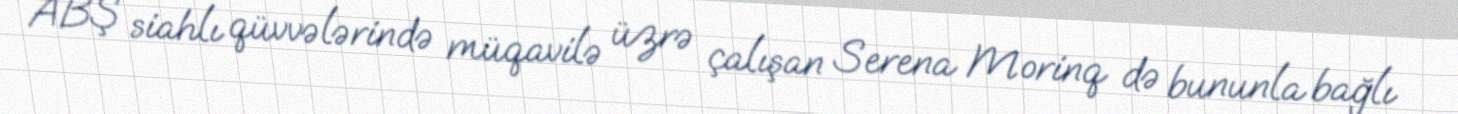
ABŞ siahlı qüvvələrində müqavilə üzrə çalışan Serena Morinq də bununla bağlı